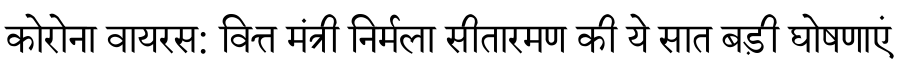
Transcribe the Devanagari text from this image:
कोरोना वायरस: वित्त मंत्री निर्मला सीतारमण की ये सात बड़ी घोषणाएं